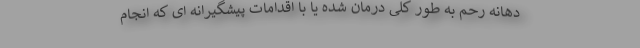
دهانه رحم به طور کلی درمان شده یا با اقدامات پیشگیرانه ای که انجام